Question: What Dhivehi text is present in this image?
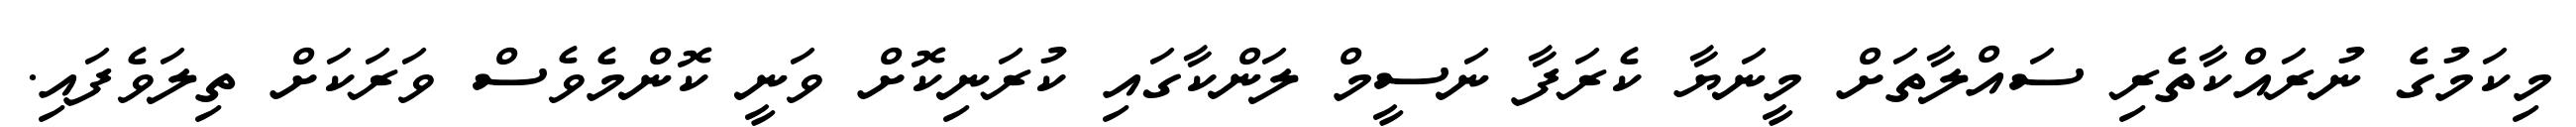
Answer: މިކަމުގެ ނުރައްކާތެރި ސައްލާތަށް މީނަޔާ ކެރަފާ ނަސީމް ލަންކާގައި ކުރަނިކޮށް ވަނީ ކޮންމެވެސް ވަރަކަށް ތިލަވެފައި.